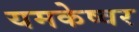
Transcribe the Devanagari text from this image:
यमकेष्वर